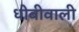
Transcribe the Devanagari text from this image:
धोबीवाली